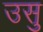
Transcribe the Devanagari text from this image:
उसु